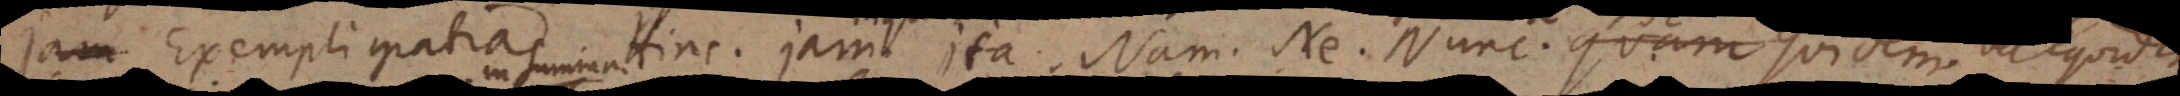
Jam Exempli gratia. Hinc. Jam. Ita. Nam. Ne. Nunc. Quidem vel Equidem.